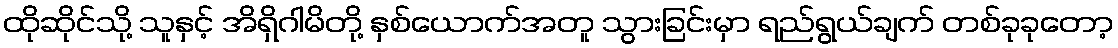
ထိုဆိုင်သို့ သူနှင့် အိရှိဂါမိတို့ နှစ်ယောက်အတူ သွားခြင်းမှာ ရည်ရွယ်ချက် တစ်ခုခုတော့